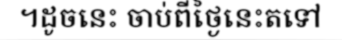
។ដូចនេះ ចាប់ពីថ្ងៃនេះតទៅ